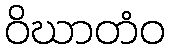
ဝိဃာတံဝ